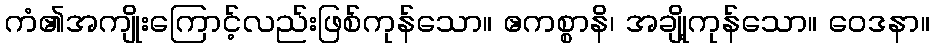
ကံ၏အကျိုးကြောင့်လည်းဖြစ်ကုန်သော။ ဧကစ္စာနိ၊ အချို့ကုန်သော။ ဝေဒနာ။